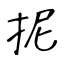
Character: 抳